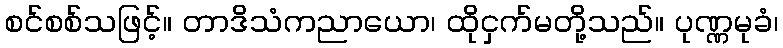
စင်စစ်သဖြင့်။ တာဒိသံကညာယော၊ ထိုငှက်မတို့သည်။ ပုဏ္ဏမုခံ၊